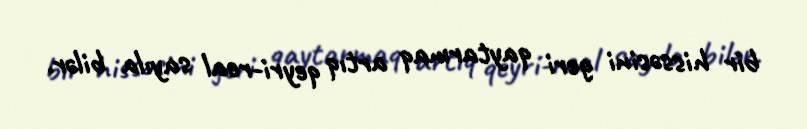
bir hissəsini geri qaytarmaq artıq qeyri-real sayıla bilər.